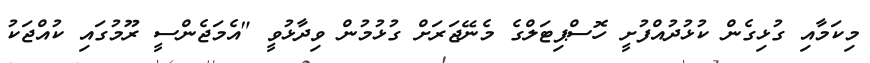
މިކަމާއި ގުޅިގެން ކުޅުދުއްފުށީ ހޮސްޕިޓަލްގެ މެނޭޖަރަށް ގުޅުމުން ވިދާޅުވީ "އެމަޖެންސީ ރޫމުގައި ކުއްޖަކު